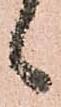
候